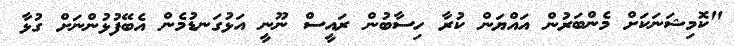
"ކޮމިޝަނަކަށް މެންބަރުން އައްޔަން ކުރާ ހިސާބުން ރައީސް ނޫނީ އަޅުގަނޑުމެން އެބޭފުޅުންނަށް ގުޅާ